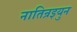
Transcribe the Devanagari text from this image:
नातिन्रइयुन